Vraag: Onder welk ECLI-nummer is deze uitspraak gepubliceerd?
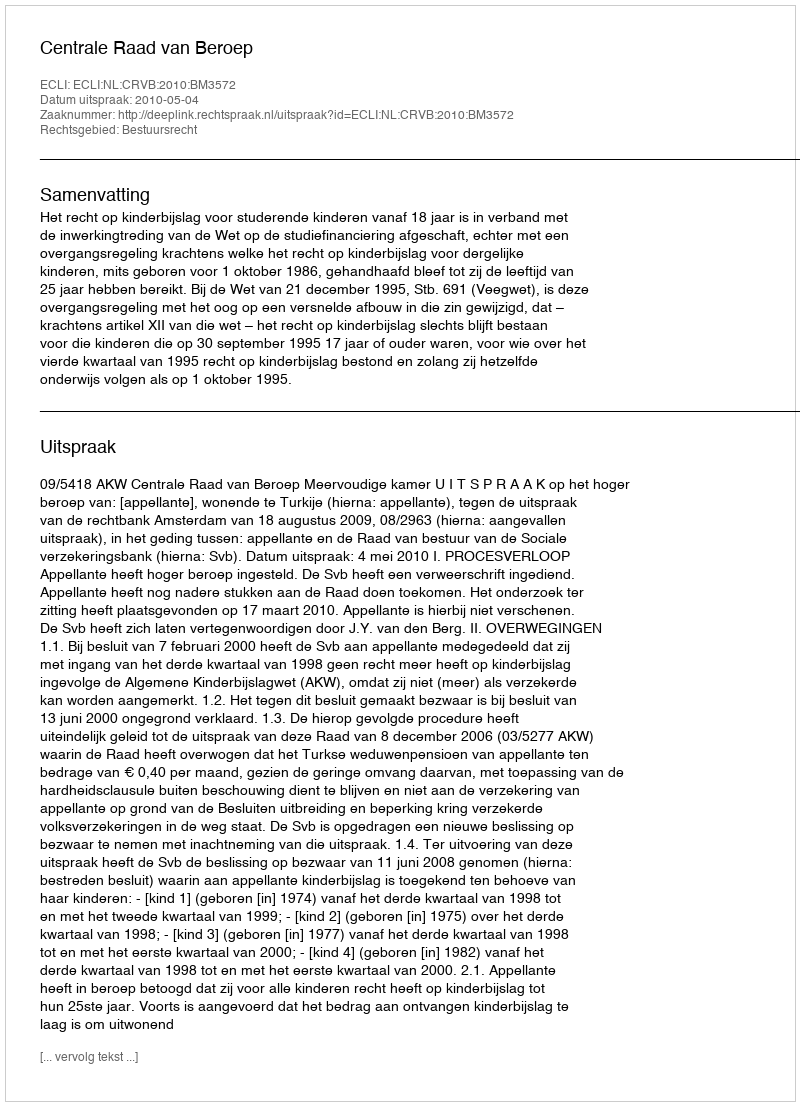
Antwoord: ECLI:NL:CRVB:2010:BM3572